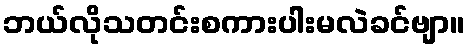
ဘယ်လိုသတင်းစကားပါးမလဲခင်ဗျာ။